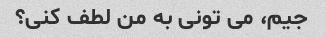
جیم، می تونی به من لطف کنی؟